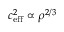
c _ { \mathrm { e f f } } ^ { 2 } \propto \rho ^ { 2 / 3 }